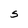
Character: S